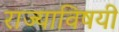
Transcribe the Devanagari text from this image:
राज्याविषयी